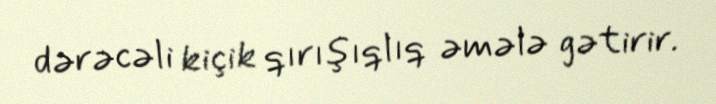
dərəcəli kiçik qırışıqlıq əmələ gətirir.